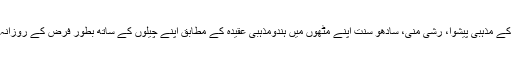
یوگا کو ہندوؤں کے مذہبی پیشوا، رشی منی، سادھو سنت اپنے مٹھوں میں ہندومذہبی عقیدہ کے مطابق اپنے چیلوں کے ساتھ بطور فرض کے روزانہ انجام دیتے ہیں۔